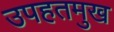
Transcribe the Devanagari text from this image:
उपहतमुख